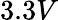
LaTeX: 3.3V